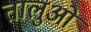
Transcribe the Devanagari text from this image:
तालुओं